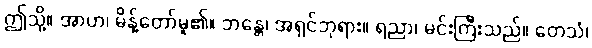
ဤသို့။ အာဟ၊ မိန့်တော်မူ၏။ ဘန္တေ၊ အရှင်ဘုရား။ ရညာ၊ မင်းကြီးသည်။ တေသံ၊